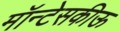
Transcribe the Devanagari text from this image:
मॉन्टेसकीऊ